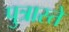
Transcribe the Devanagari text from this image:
पुत्रास्ते